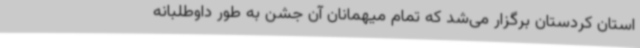
استان کردستان برگزار می‌شد که تمام میهمانان آن جشن به طور داوطلبانه